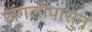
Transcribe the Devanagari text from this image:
जंगलांपासुन